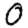
Digit: 0